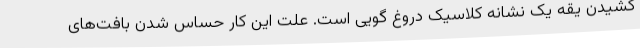
کشیدن یقه یک نشانه کلاسیک دروغ گویی است. علت این کار حساس شدن بافت‌های